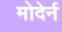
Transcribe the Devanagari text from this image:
मोदेर्न